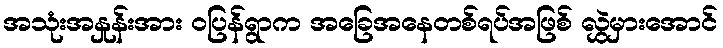
အသုံးအနှုန်းအား ဝပြန်ရွာက အခြေအနေတစ်ရပ်အဖြစ် လွှဲမှားအောင်